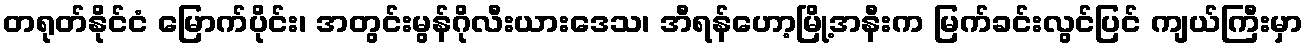
တရုတ်နိုင်ငံ မြောက်ပိုင်း၊ အတွင်းမွန်ဂိုလီးယားဒေသ၊ အီရန်ဟော့မြို့အနီးက မြက်ခင်းလွင်ပြင် ကျယ်ကြီးမှာ